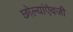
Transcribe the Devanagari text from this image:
छोल्यांऐवजी